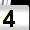
Digit: 4